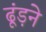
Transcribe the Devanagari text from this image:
ढूंड़ने